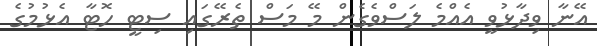
އޭނާ ވިދާޅުވީ އެއްމެ ލަސްވެގެން މޭ މަސް ތެރޭގައި ސިޓީ ހޮޓާ އެޅުމުގެ